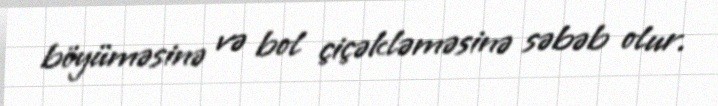
böyüməsinə və bol çiçəkləməsinə səbəb olur.